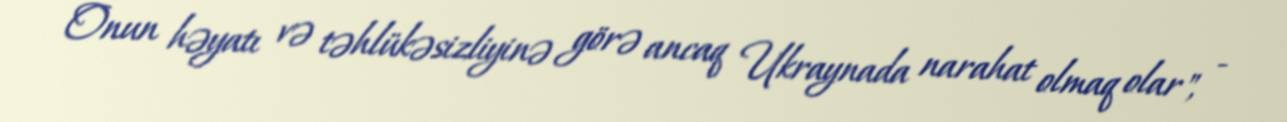
Onun həyatı və təhlükəsizliyinə görə ancaq Ukraynada narahat olmaq olar", -